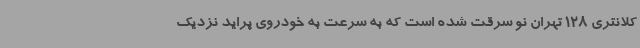
کلانتری 128 تهران نو سرقت شده است که به سرعت به خودروی پراید نزدیک